Annual returns of the Patna Lunatic Asylum at Bankipore in Bihar and Orissa - 1912-1924
Year: 1912
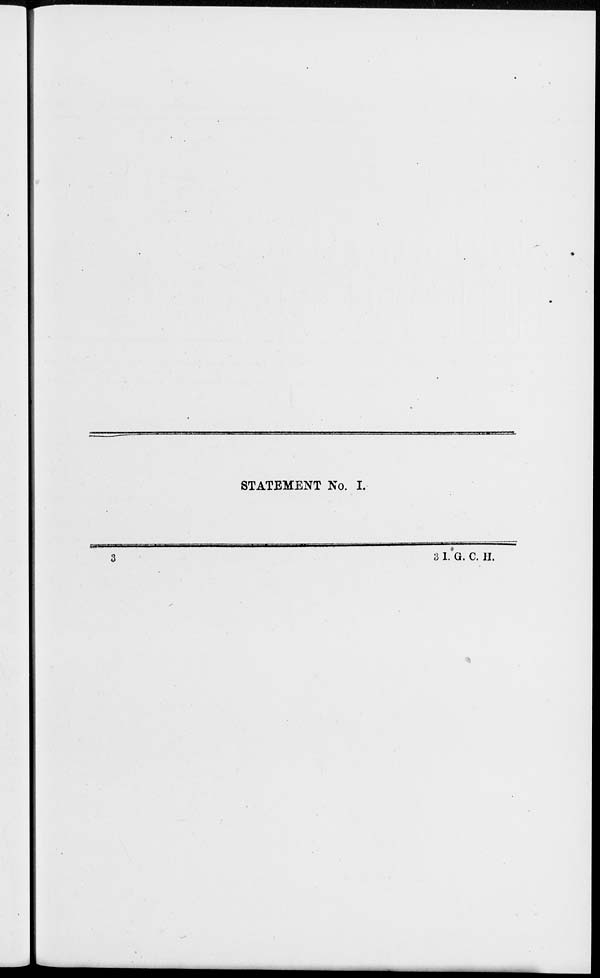
STATEMENT No. I.
3
3 I1. G. C. H.